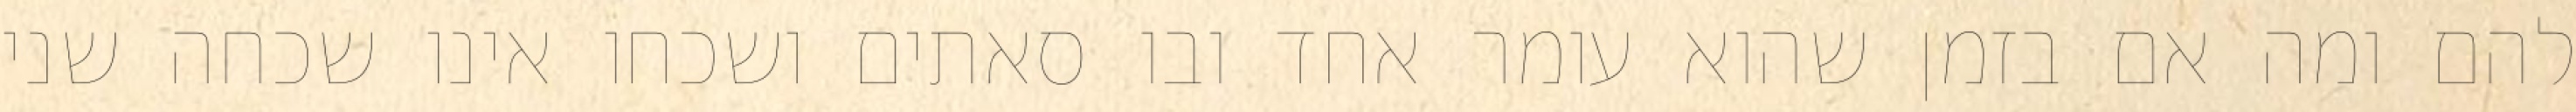
להם ומה אם בזמן שהוא עומר אחד ובו סאתים ושכחו אינו שכחה שני